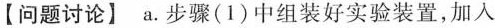
【问题讨论】a.步骤(1)中组装好实验装置，加人